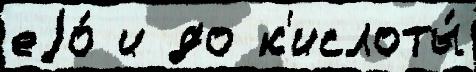
еjо́ и до к'ислоты́